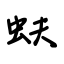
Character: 蚨